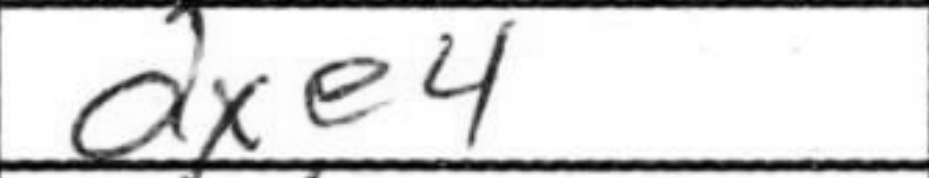
Transcription: dxe4